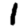
Digit: 1